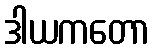
ဒါယကတော